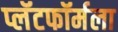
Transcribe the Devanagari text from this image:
प्लॅटफॉर्मला